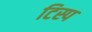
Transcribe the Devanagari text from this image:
टिस्प